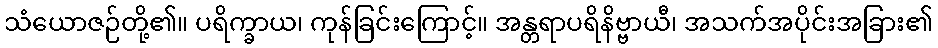
သံယောဇဉ်တို့၏။ ပရိက္ခာယ၊ ကုန်ခြင်းကြောင့်။ အန္တရာပရိနိဗ္ဗာယီ၊ အသက်အပိုင်းအခြား၏